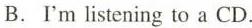
B.'m listening to a CD.